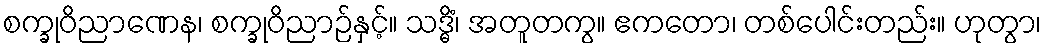
စက္ခုဝိညာဏေန၊ စက္ခုဝိညာဉ်နှင့်။ သဒ္ဓိံ၊ အတူတကွ။ ဧကတော၊ တစ်ပေါင်းတည်း။ ဟုတွာ၊